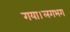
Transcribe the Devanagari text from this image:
गया।लगभग